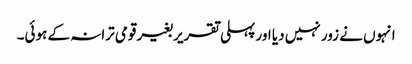
انہوں نے زور نہیں دیا اور پہلی تقریر بغیر قومی ترانہ کے ہوئی۔